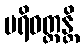
ပရိဝတ္တန္တိ